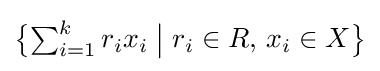
{\textstyle {\bigl \{}\!\sum _{i=1}^{k}r_{i}x_{i}\mathrel {\big |} r_{i}\in R,\,x_{i}\in X{\bigr \}}}